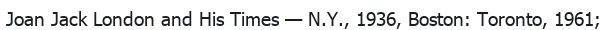
Joan Jack London and Hіs Tіmes — N.Y., 1936, Boston: Toronto, 1961;